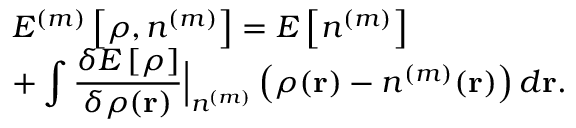
\begin{array} { l } { { \displaystyle { \cal E } ^ { ( m ) } \left[ \rho , n ^ { ( m ) } \right] = E \left[ n ^ { ( m ) } \right] } \ ~ } \\ { { \displaystyle + \int \frac { \delta E \left[ \rho \right] } { \delta \rho ( { \bf r } ) } \Big \vert _ { n ^ { ( m ) } } \left( \rho ( { \bf r } ) - n ^ { ( m ) } ( { \bf r } ) \right) d { \bf r } } . } \end{array}